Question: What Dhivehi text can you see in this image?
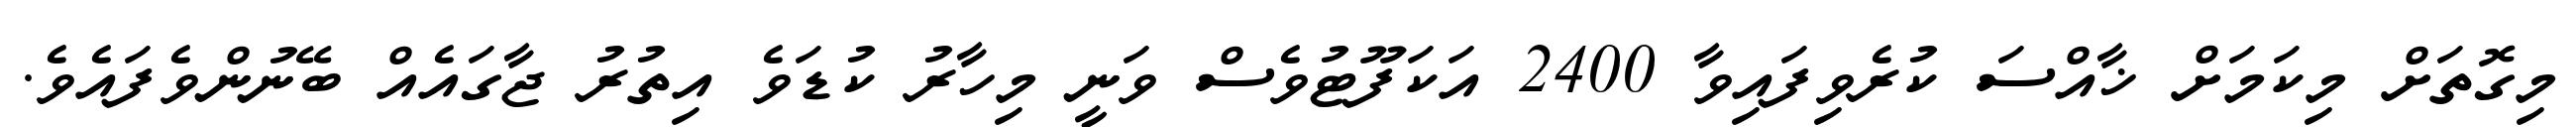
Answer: މިގޮތަށް މިކަމަށް ޚާއްސަ ކުރެވިފައިވާ 2400 އަކަފޫޓުވެސް ވަނީ މިހާރު ކުޑަވެ އިތުރު ޖާގައެއް ބޭނުންވެފައެވެ.